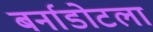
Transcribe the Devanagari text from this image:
बर्नाडोटला